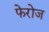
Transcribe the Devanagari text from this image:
फेरोज